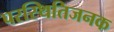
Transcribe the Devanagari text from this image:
परस्थितिजनक